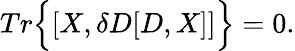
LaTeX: Tr\Big\{ [X,\delta D[D,X]]\Big\} =0.